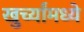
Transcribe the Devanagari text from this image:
खुर्च्यांमध्ये